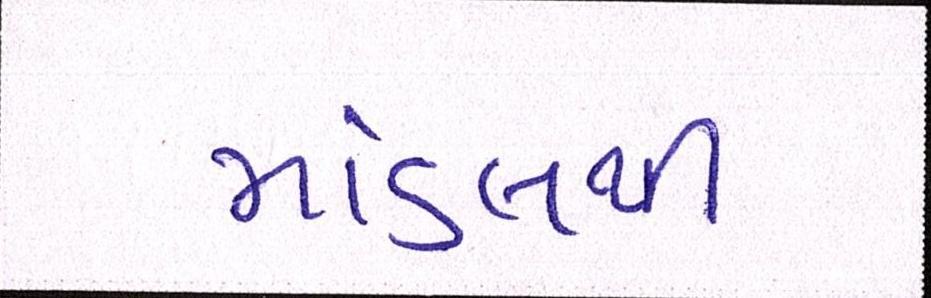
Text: માંડલથી